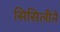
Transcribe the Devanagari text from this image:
सिसिलीने